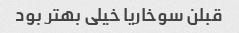
قبلن سوخاریا خیلی بهتر بود